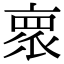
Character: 𬽕